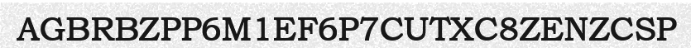
AGBRBZPP6M1EF6P7CUTXC8ZENZCSP